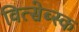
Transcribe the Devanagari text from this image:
वित्सेब्स्क